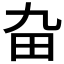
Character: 𤰚